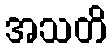
အသတိ